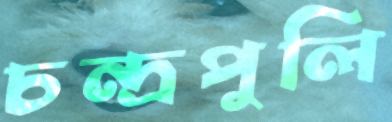
চন্দ্রপুলি